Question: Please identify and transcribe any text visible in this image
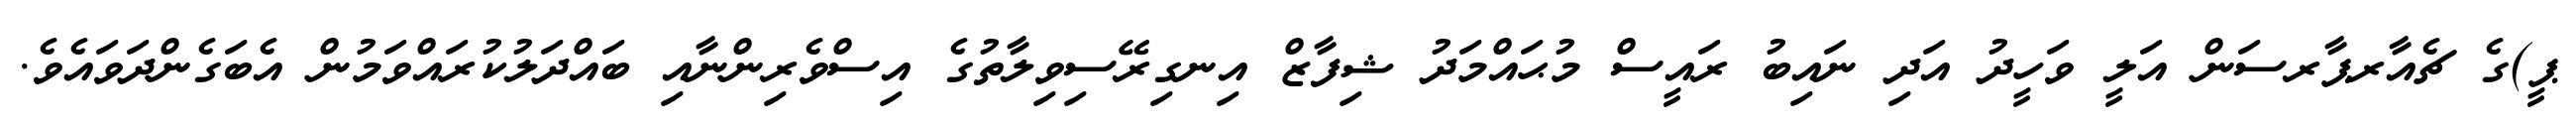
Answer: ޕީ)ގެ ޗެއާރޕާރސަން އަލީ ވަހީދު އަދި ނައިބު ރައީސް މުޙައްމަދު ޝިފާޒް އިނގިރޭސިވިލާތުގެ އިސްވެރިންނާއި ބައްދަލުކުރައްވަމުން އެބަގެންދަވައެވެ.